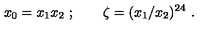
x _ { 0 } = x _ { 1 } x _ { 2 } \ ; \qquad \zeta = ( x _ { 1 } / x _ { 2 } ) ^ { 2 4 } \ .